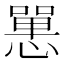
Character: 𢠸